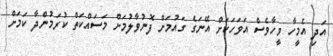
އަދި އެމީހާ ވީހާވެސް އަވަހަކަށް އޭނަގެ ގައުމަށް ފޮނުވާލުމަށް މަސައްކަތް ކުރަމުންދާ ކަމަށް